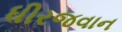
ધીરજવાન